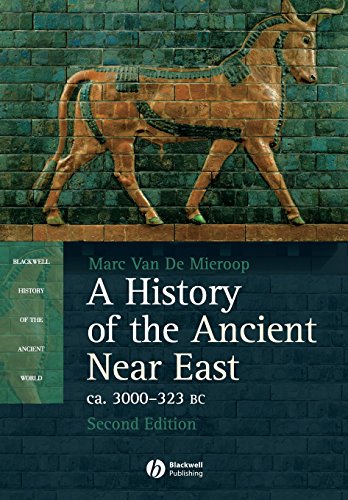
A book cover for A History of the Ancient Near East ca. 3000 - 323 BC, 2nd Edition; Marc Van De Mieroop; History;